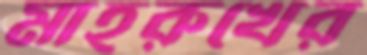
মাহরুখের